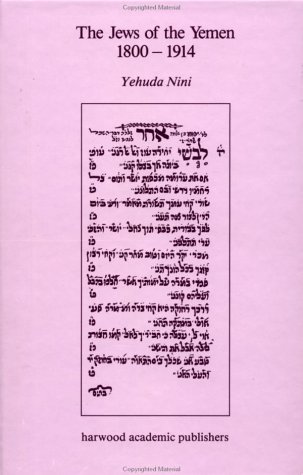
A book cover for Jews of the Yemen 1800\-1914; Y. Nini; History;